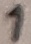
Text: 1